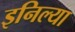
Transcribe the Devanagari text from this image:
इनिल्या